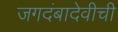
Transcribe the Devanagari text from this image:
जगदंबादेवीची